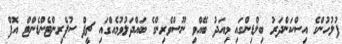
ފުލުހުންގެ އިސްކަންދަރު ބިލްޑިންގައި މިއަދު ބޭއްވި ނޫސްވެރިންގެ ބައްދަލުވުމެއްގައި ޗީފް ސުޕްރިންޓެންޑެންޓް އޮފް